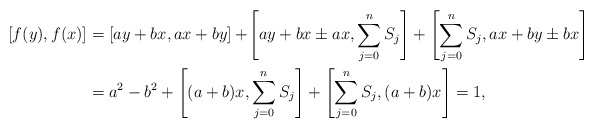
\begin{align*} [f(y),f(x)]&=[ ay+ bx,ax+ by]+\! \left[ ay+ bx\pm ax,\sum_{j= 0}^n S_j\right]+ \left[\sum_{j= 0}^n S_j,ax+ by\pm bx\right] \\ &=a^2-b^2+\left[ (a+ b)x,\sum_{j= 0}^n S_j\right]+\left[\sum_{j= 0}^n S_j,(a+b)x\right]=1,\end{align*}